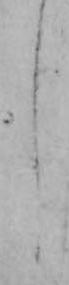
し